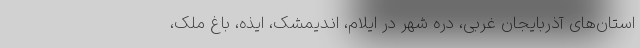
استان‌های آذربایجان غربی، دره شهر در ایلام، اندیمشک، ایذه، باغ ملک،